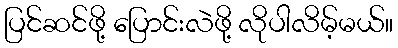
ပြင်ဆင်ဖို့ ပြောင်းလဲဖို့ လိုပါလိမ့်မယ်။